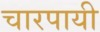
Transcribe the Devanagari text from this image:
चारपायी